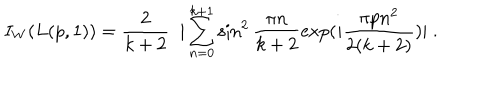
LaTeX: I _ { W } ( L ( p , 1 ) ) = \frac { 2 } { k + 2 } \; \; | \sum _ { n = 0 } ^ { k + 1 } \sin ^ { 2 } \frac { \pi n } { k + 2 } \mathrm { e x p } ( i \frac { \pi p n ^ { 2 } } { 2 ( k + 2 ) } ) | \; .